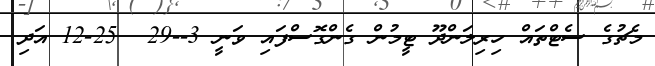
މެޗުގެ ސެޓްތައް ހިރިލަންދޫ ޓީމުން ގެންގޮސްފައި ވަނީ 3--29  25-12 އަދި